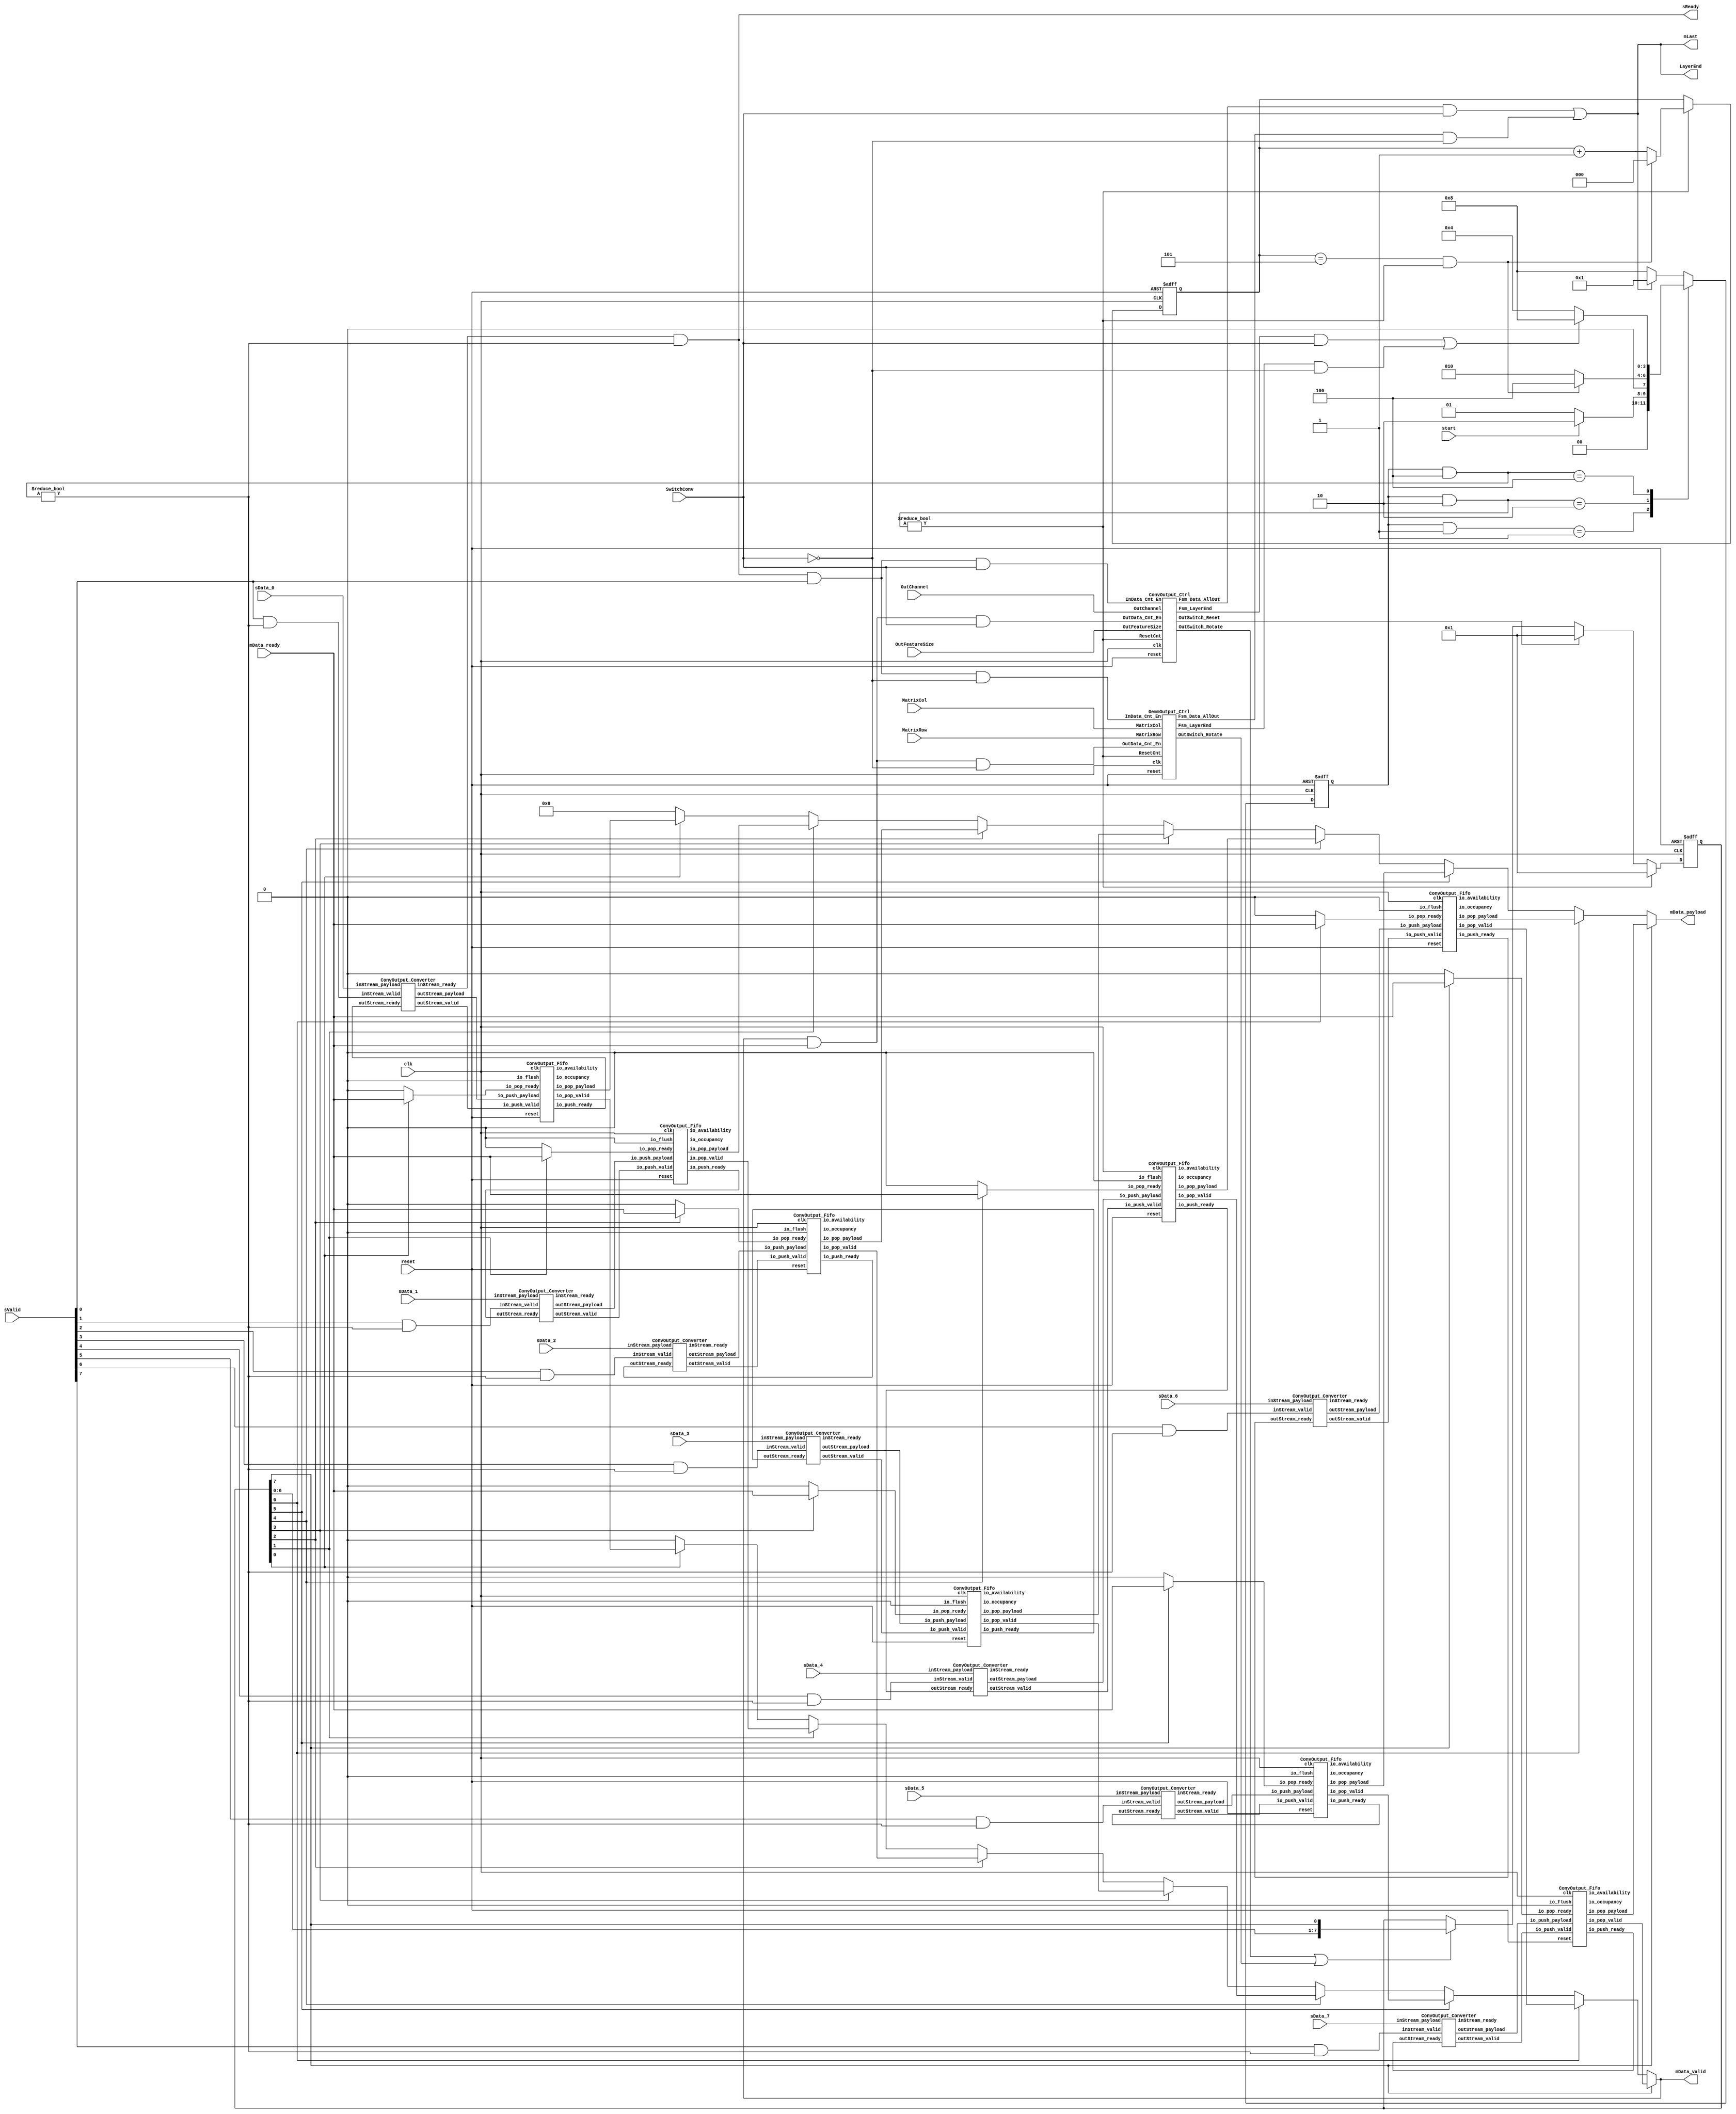
// Generator : SpinalHDL v1.8.1    git head : 2a7592004363e5b40ec43e1f122ed8641cd8965b
// Component : ConvArrangeV3
// Git hash  : 004d9e187bb1a9a81da41bc917389f312106aff9

`timescale 1ns/1ps

module ConvArrangeV3 (
  input      [63:0]   sData_0,
  input      [63:0]   sData_1,
  input      [63:0]   sData_2,
  input      [63:0]   sData_3,
  input      [63:0]   sData_4,
  input      [63:0]   sData_5,
  input      [63:0]   sData_6,
  input      [63:0]   sData_7,
  output              sReady,
  input      [7:0]    sValid,
  input      [11:0]   MatrixCol,
  input      [19:0]   MatrixRow,
  input      [9:0]    OutChannel,
  input      [15:0]   OutFeatureSize,
  output reg          mData_valid,
  input               mData_ready,
  output reg [63:0]   mData_payload,
  output              mLast,
  output              LayerEnd,
  input               start,
  input               SwitchConv,
  input               clk,
  input               reset
);
  localparam CONVOUTPUT_ENUM_IDLE = 4'd1;
  localparam CONVOUTPUT_ENUM_INIT = 4'd2;
  localparam CONVOUTPUT_ENUM_DATA_ARRANGEMENT = 4'd4;
  localparam CONVOUTPUT_ENUM_WAIT_END = 4'd8;

  wire                ConvCtrl_ResetCnt;
  wire                ConvCtrl_InData_Cnt_En;
  wire                ConvCtrl_OutData_Cnt_En;
  wire                GemmCtrl_ResetCnt;
  wire                GemmCtrl_InData_Cnt_En;
  wire                GemmCtrl_OutData_Cnt_En;
  reg                 streamFifo_io_pop_ready;
  wire                axisDataConverter_inStream_valid;
  reg                 streamFifo_1_io_pop_ready;
  wire                axisDataConverter_1_inStream_valid;
  reg                 streamFifo_2_io_pop_ready;
  wire                axisDataConverter_2_inStream_valid;
  reg                 streamFifo_3_io_pop_ready;
  wire                axisDataConverter_3_inStream_valid;
  reg                 streamFifo_4_io_pop_ready;
  wire                axisDataConverter_4_inStream_valid;
  reg                 streamFifo_5_io_pop_ready;
  wire                axisDataConverter_5_inStream_valid;
  reg                 streamFifo_6_io_pop_ready;
  wire                axisDataConverter_6_inStream_valid;
  reg                 streamFifo_7_io_pop_ready;
  wire                axisDataConverter_7_inStream_valid;
  wire                ConvCtrl_Fsm_LayerEnd;
  wire                ConvCtrl_Fsm_Data_AllOut;
  wire                ConvCtrl_OutSwitch_Rotate;
  wire                ConvCtrl_OutSwitch_Reset;
  wire                GemmCtrl_Fsm_LayerEnd;
  wire                GemmCtrl_Fsm_Data_AllOut;
  wire                GemmCtrl_OutSwitch_Rotate;
  wire                streamFifo_io_push_ready;
  wire                streamFifo_io_pop_valid;
  wire       [63:0]   streamFifo_io_pop_payload;
  wire       [9:0]    streamFifo_io_occupancy;
  wire       [9:0]    streamFifo_io_availability;
  wire                axisDataConverter_inStream_ready;
  wire                axisDataConverter_outStream_valid;
  wire       [63:0]   axisDataConverter_outStream_payload;
  wire                streamFifo_1_io_push_ready;
  wire                streamFifo_1_io_pop_valid;
  wire       [63:0]   streamFifo_1_io_pop_payload;
  wire       [9:0]    streamFifo_1_io_occupancy;
  wire       [9:0]    streamFifo_1_io_availability;
  wire                axisDataConverter_1_inStream_ready;
  wire                axisDataConverter_1_outStream_valid;
  wire       [63:0]   axisDataConverter_1_outStream_payload;
  wire                streamFifo_2_io_push_ready;
  wire                streamFifo_2_io_pop_valid;
  wire       [63:0]   streamFifo_2_io_pop_payload;
  wire       [9:0]    streamFifo_2_io_occupancy;
  wire       [9:0]    streamFifo_2_io_availability;
  wire                axisDataConverter_2_inStream_ready;
  wire                axisDataConverter_2_outStream_valid;
  wire       [63:0]   axisDataConverter_2_outStream_payload;
  wire                streamFifo_3_io_push_ready;
  wire                streamFifo_3_io_pop_valid;
  wire       [63:0]   streamFifo_3_io_pop_payload;
  wire       [9:0]    streamFifo_3_io_occupancy;
  wire       [9:0]    streamFifo_3_io_availability;
  wire                axisDataConverter_3_inStream_ready;
  wire                axisDataConverter_3_outStream_valid;
  wire       [63:0]   axisDataConverter_3_outStream_payload;
  wire                streamFifo_4_io_push_ready;
  wire                streamFifo_4_io_pop_valid;
  wire       [63:0]   streamFifo_4_io_pop_payload;
  wire       [9:0]    streamFifo_4_io_occupancy;
  wire       [9:0]    streamFifo_4_io_availability;
  wire                axisDataConverter_4_inStream_ready;
  wire                axisDataConverter_4_outStream_valid;
  wire       [63:0]   axisDataConverter_4_outStream_payload;
  wire                streamFifo_5_io_push_ready;
  wire                streamFifo_5_io_pop_valid;
  wire       [63:0]   streamFifo_5_io_pop_payload;
  wire       [9:0]    streamFifo_5_io_occupancy;
  wire       [9:0]    streamFifo_5_io_availability;
  wire                axisDataConverter_5_inStream_ready;
  wire                axisDataConverter_5_outStream_valid;
  wire       [63:0]   axisDataConverter_5_outStream_payload;
  wire                streamFifo_6_io_push_ready;
  wire                streamFifo_6_io_pop_valid;
  wire       [63:0]   streamFifo_6_io_pop_payload;
  wire       [9:0]    streamFifo_6_io_occupancy;
  wire       [9:0]    streamFifo_6_io_availability;
  wire                axisDataConverter_6_inStream_ready;
  wire                axisDataConverter_6_outStream_valid;
  wire       [63:0]   axisDataConverter_6_outStream_payload;
  wire                streamFifo_7_io_push_ready;
  wire                streamFifo_7_io_pop_valid;
  wire       [63:0]   streamFifo_7_io_pop_payload;
  wire       [9:0]    streamFifo_7_io_occupancy;
  wire       [9:0]    streamFifo_7_io_availability;
  wire                axisDataConverter_7_inStream_ready;
  wire                axisDataConverter_7_outStream_valid;
  wire       [63:0]   axisDataConverter_7_outStream_payload;
  wire       [0:0]    _zz_when_SA3D_DataArrange_l131;
  wire       [0:0]    _zz_when_SA3D_DataArrange_l131_1;
  wire       [0:0]    _zz_when_SA3D_DataArrange_l131_2;
  wire       [0:0]    _zz_when_SA3D_DataArrange_l131_3;
  wire       [0:0]    _zz_when_SA3D_DataArrange_l131_4;
  wire       [0:0]    _zz_when_SA3D_DataArrange_l131_5;
  wire       [0:0]    _zz_when_SA3D_DataArrange_l131_6;
  wire       [0:0]    _zz_when_SA3D_DataArrange_l131_7;
  reg        [3:0]    Fsm_currentState;
  reg        [3:0]    Fsm_nextState;
  wire                Fsm_Inited;
  wire                Fsm_LayerEnd;
  wire                Fsm_Data_AllOut;
  wire                mData_fire;
  wire                mData_fire_1;
  wire                when_WaCounter_l40;
  reg        [2:0]    Init_Cnt_count;
  wire                Init_Cnt_valid;
  reg        [7:0]    OutSwitch;
  wire                when_SA3D_DataArrange_l108;
  wire                when_SA3D_DataArrange_l112;
  wire                when_SA3D_DataArrange_l131;
  wire                when_SA3D_DataArrange_l131_1;
  wire                when_SA3D_DataArrange_l131_2;
  wire                when_SA3D_DataArrange_l131_3;
  wire                when_SA3D_DataArrange_l131_4;
  wire                when_SA3D_DataArrange_l131_5;
  wire                when_SA3D_DataArrange_l131_6;
  wire                when_SA3D_DataArrange_l131_7;
  `ifndef SYNTHESIS
  reg [127:0] Fsm_currentState_string;
  reg [127:0] Fsm_nextState_string;
  `endif


  assign _zz_when_SA3D_DataArrange_l131 = OutSwitch[0 : 0];
  assign _zz_when_SA3D_DataArrange_l131_1 = OutSwitch[1 : 1];
  assign _zz_when_SA3D_DataArrange_l131_2 = OutSwitch[2 : 2];
  assign _zz_when_SA3D_DataArrange_l131_3 = OutSwitch[3 : 3];
  assign _zz_when_SA3D_DataArrange_l131_4 = OutSwitch[4 : 4];
  assign _zz_when_SA3D_DataArrange_l131_5 = OutSwitch[5 : 5];
  assign _zz_when_SA3D_DataArrange_l131_6 = OutSwitch[6 : 6];
  assign _zz_when_SA3D_DataArrange_l131_7 = OutSwitch[7 : 7];
  ConvOutput_Ctrl ConvCtrl (
    .ResetCnt         (ConvCtrl_ResetCnt        ), //i
    .InData_Cnt_En    (ConvCtrl_InData_Cnt_En   ), //i
    .OutData_Cnt_En   (ConvCtrl_OutData_Cnt_En  ), //i
    .OutChannel       (OutChannel[9:0]          ), //i
    .OutFeatureSize   (OutFeatureSize[15:0]     ), //i
    .Fsm_LayerEnd     (ConvCtrl_Fsm_LayerEnd    ), //o
    .Fsm_Data_AllOut  (ConvCtrl_Fsm_Data_AllOut ), //o
    .OutSwitch_Rotate (ConvCtrl_OutSwitch_Rotate), //o
    .OutSwitch_Reset  (ConvCtrl_OutSwitch_Reset ), //o
    .clk              (clk                      ), //i
    .reset            (reset                    )  //i
  );
  GemmOutput_Ctrl GemmCtrl (
    .ResetCnt         (GemmCtrl_ResetCnt        ), //i
    .InData_Cnt_En    (GemmCtrl_InData_Cnt_En   ), //i
    .OutData_Cnt_En   (GemmCtrl_OutData_Cnt_En  ), //i
    .MatrixCol        (MatrixCol[11:0]          ), //i
    .MatrixRow        (MatrixRow[19:0]          ), //i
    .Fsm_LayerEnd     (GemmCtrl_Fsm_LayerEnd    ), //o
    .Fsm_Data_AllOut  (GemmCtrl_Fsm_Data_AllOut ), //o
    .OutSwitch_Rotate (GemmCtrl_OutSwitch_Rotate), //o
    .clk              (clk                      ), //i
    .reset            (reset                    )  //i
  );
  ConvOutput_Fifo streamFifo (
    .io_push_valid   (axisDataConverter_outStream_valid        ), //i
    .io_push_ready   (streamFifo_io_push_ready                 ), //o
    .io_push_payload (axisDataConverter_outStream_payload[63:0]), //i
    .io_pop_valid    (streamFifo_io_pop_valid                  ), //o
    .io_pop_ready    (streamFifo_io_pop_ready                  ), //i
    .io_pop_payload  (streamFifo_io_pop_payload[63:0]          ), //o
    .io_flush        (1'b0                                     ), //i
    .io_occupancy    (streamFifo_io_occupancy[9:0]             ), //o
    .io_availability (streamFifo_io_availability[9:0]          ), //o
    .clk             (clk                                      ), //i
    .reset           (reset                                    )  //i
  );
  ConvOutput_Converter axisDataConverter (
    .inStream_valid    (axisDataConverter_inStream_valid         ), //i
    .inStream_ready    (axisDataConverter_inStream_ready         ), //o
    .inStream_payload  (sData_0[63:0]                            ), //i
    .outStream_valid   (axisDataConverter_outStream_valid        ), //o
    .outStream_ready   (streamFifo_io_push_ready                 ), //i
    .outStream_payload (axisDataConverter_outStream_payload[63:0])  //o
  );
  ConvOutput_Fifo streamFifo_1 (
    .io_push_valid   (axisDataConverter_1_outStream_valid        ), //i
    .io_push_ready   (streamFifo_1_io_push_ready                 ), //o
    .io_push_payload (axisDataConverter_1_outStream_payload[63:0]), //i
    .io_pop_valid    (streamFifo_1_io_pop_valid                  ), //o
    .io_pop_ready    (streamFifo_1_io_pop_ready                  ), //i
    .io_pop_payload  (streamFifo_1_io_pop_payload[63:0]          ), //o
    .io_flush        (1'b0                                       ), //i
    .io_occupancy    (streamFifo_1_io_occupancy[9:0]             ), //o
    .io_availability (streamFifo_1_io_availability[9:0]          ), //o
    .clk             (clk                                        ), //i
    .reset           (reset                                      )  //i
  );
  ConvOutput_Converter axisDataConverter_1 (
    .inStream_valid    (axisDataConverter_1_inStream_valid         ), //i
    .inStream_ready    (axisDataConverter_1_inStream_ready         ), //o
    .inStream_payload  (sData_1[63:0]                              ), //i
    .outStream_valid   (axisDataConverter_1_outStream_valid        ), //o
    .outStream_ready   (streamFifo_1_io_push_ready                 ), //i
    .outStream_payload (axisDataConverter_1_outStream_payload[63:0])  //o
  );
  ConvOutput_Fifo streamFifo_2 (
    .io_push_valid   (axisDataConverter_2_outStream_valid        ), //i
    .io_push_ready   (streamFifo_2_io_push_ready                 ), //o
    .io_push_payload (axisDataConverter_2_outStream_payload[63:0]), //i
    .io_pop_valid    (streamFifo_2_io_pop_valid                  ), //o
    .io_pop_ready    (streamFifo_2_io_pop_ready                  ), //i
    .io_pop_payload  (streamFifo_2_io_pop_payload[63:0]          ), //o
    .io_flush        (1'b0                                       ), //i
    .io_occupancy    (streamFifo_2_io_occupancy[9:0]             ), //o
    .io_availability (streamFifo_2_io_availability[9:0]          ), //o
    .clk             (clk                                        ), //i
    .reset           (reset                                      )  //i
  );
  ConvOutput_Converter axisDataConverter_2 (
    .inStream_valid    (axisDataConverter_2_inStream_valid         ), //i
    .inStream_ready    (axisDataConverter_2_inStream_ready         ), //o
    .inStream_payload  (sData_2[63:0]                              ), //i
    .outStream_valid   (axisDataConverter_2_outStream_valid        ), //o
    .outStream_ready   (streamFifo_2_io_push_ready                 ), //i
    .outStream_payload (axisDataConverter_2_outStream_payload[63:0])  //o
  );
  ConvOutput_Fifo streamFifo_3 (
    .io_push_valid   (axisDataConverter_3_outStream_valid        ), //i
    .io_push_ready   (streamFifo_3_io_push_ready                 ), //o
    .io_push_payload (axisDataConverter_3_outStream_payload[63:0]), //i
    .io_pop_valid    (streamFifo_3_io_pop_valid                  ), //o
    .io_pop_ready    (streamFifo_3_io_pop_ready                  ), //i
    .io_pop_payload  (streamFifo_3_io_pop_payload[63:0]          ), //o
    .io_flush        (1'b0                                       ), //i
    .io_occupancy    (streamFifo_3_io_occupancy[9:0]             ), //o
    .io_availability (streamFifo_3_io_availability[9:0]          ), //o
    .clk             (clk                                        ), //i
    .reset           (reset                                      )  //i
  );
  ConvOutput_Converter axisDataConverter_3 (
    .inStream_valid    (axisDataConverter_3_inStream_valid         ), //i
    .inStream_ready    (axisDataConverter_3_inStream_ready         ), //o
    .inStream_payload  (sData_3[63:0]                              ), //i
    .outStream_valid   (axisDataConverter_3_outStream_valid        ), //o
    .outStream_ready   (streamFifo_3_io_push_ready                 ), //i
    .outStream_payload (axisDataConverter_3_outStream_payload[63:0])  //o
  );
  ConvOutput_Fifo streamFifo_4 (
    .io_push_valid   (axisDataConverter_4_outStream_valid        ), //i
    .io_push_ready   (streamFifo_4_io_push_ready                 ), //o
    .io_push_payload (axisDataConverter_4_outStream_payload[63:0]), //i
    .io_pop_valid    (streamFifo_4_io_pop_valid                  ), //o
    .io_pop_ready    (streamFifo_4_io_pop_ready                  ), //i
    .io_pop_payload  (streamFifo_4_io_pop_payload[63:0]          ), //o
    .io_flush        (1'b0                                       ), //i
    .io_occupancy    (streamFifo_4_io_occupancy[9:0]             ), //o
    .io_availability (streamFifo_4_io_availability[9:0]          ), //o
    .clk             (clk                                        ), //i
    .reset           (reset                                      )  //i
  );
  ConvOutput_Converter axisDataConverter_4 (
    .inStream_valid    (axisDataConverter_4_inStream_valid         ), //i
    .inStream_ready    (axisDataConverter_4_inStream_ready         ), //o
    .inStream_payload  (sData_4[63:0]                              ), //i
    .outStream_valid   (axisDataConverter_4_outStream_valid        ), //o
    .outStream_ready   (streamFifo_4_io_push_ready                 ), //i
    .outStream_payload (axisDataConverter_4_outStream_payload[63:0])  //o
  );
  ConvOutput_Fifo streamFifo_5 (
    .io_push_valid   (axisDataConverter_5_outStream_valid        ), //i
    .io_push_ready   (streamFifo_5_io_push_ready                 ), //o
    .io_push_payload (axisDataConverter_5_outStream_payload[63:0]), //i
    .io_pop_valid    (streamFifo_5_io_pop_valid                  ), //o
    .io_pop_ready    (streamFifo_5_io_pop_ready                  ), //i
    .io_pop_payload  (streamFifo_5_io_pop_payload[63:0]          ), //o
    .io_flush        (1'b0                                       ), //i
    .io_occupancy    (streamFifo_5_io_occupancy[9:0]             ), //o
    .io_availability (streamFifo_5_io_availability[9:0]          ), //o
    .clk             (clk                                        ), //i
    .reset           (reset                                      )  //i
  );
  ConvOutput_Converter axisDataConverter_5 (
    .inStream_valid    (axisDataConverter_5_inStream_valid         ), //i
    .inStream_ready    (axisDataConverter_5_inStream_ready         ), //o
    .inStream_payload  (sData_5[63:0]                              ), //i
    .outStream_valid   (axisDataConverter_5_outStream_valid        ), //o
    .outStream_ready   (streamFifo_5_io_push_ready                 ), //i
    .outStream_payload (axisDataConverter_5_outStream_payload[63:0])  //o
  );
  ConvOutput_Fifo streamFifo_6 (
    .io_push_valid   (axisDataConverter_6_outStream_valid        ), //i
    .io_push_ready   (streamFifo_6_io_push_ready                 ), //o
    .io_push_payload (axisDataConverter_6_outStream_payload[63:0]), //i
    .io_pop_valid    (streamFifo_6_io_pop_valid                  ), //o
    .io_pop_ready    (streamFifo_6_io_pop_ready                  ), //i
    .io_pop_payload  (streamFifo_6_io_pop_payload[63:0]          ), //o
    .io_flush        (1'b0                                       ), //i
    .io_occupancy    (streamFifo_6_io_occupancy[9:0]             ), //o
    .io_availability (streamFifo_6_io_availability[9:0]          ), //o
    .clk             (clk                                        ), //i
    .reset           (reset                                      )  //i
  );
  ConvOutput_Converter axisDataConverter_6 (
    .inStream_valid    (axisDataConverter_6_inStream_valid         ), //i
    .inStream_ready    (axisDataConverter_6_inStream_ready         ), //o
    .inStream_payload  (sData_6[63:0]                              ), //i
    .outStream_valid   (axisDataConverter_6_outStream_valid        ), //o
    .outStream_ready   (streamFifo_6_io_push_ready                 ), //i
    .outStream_payload (axisDataConverter_6_outStream_payload[63:0])  //o
  );
  ConvOutput_Fifo streamFifo_7 (
    .io_push_valid   (axisDataConverter_7_outStream_valid        ), //i
    .io_push_ready   (streamFifo_7_io_push_ready                 ), //o
    .io_push_payload (axisDataConverter_7_outStream_payload[63:0]), //i
    .io_pop_valid    (streamFifo_7_io_pop_valid                  ), //o
    .io_pop_ready    (streamFifo_7_io_pop_ready                  ), //i
    .io_pop_payload  (streamFifo_7_io_pop_payload[63:0]          ), //o
    .io_flush        (1'b0                                       ), //i
    .io_occupancy    (streamFifo_7_io_occupancy[9:0]             ), //o
    .io_availability (streamFifo_7_io_availability[9:0]          ), //o
    .clk             (clk                                        ), //i
    .reset           (reset                                      )  //i
  );
  ConvOutput_Converter axisDataConverter_7 (
    .inStream_valid    (axisDataConverter_7_inStream_valid         ), //i
    .inStream_ready    (axisDataConverter_7_inStream_ready         ), //o
    .inStream_payload  (sData_7[63:0]                              ), //i
    .outStream_valid   (axisDataConverter_7_outStream_valid        ), //o
    .outStream_ready   (streamFifo_7_io_push_ready                 ), //i
    .outStream_payload (axisDataConverter_7_outStream_payload[63:0])  //o
  );
  `ifndef SYNTHESIS
  always @(*) begin
    case(Fsm_currentState)
      CONVOUTPUT_ENUM_IDLE : Fsm_currentState_string = "IDLE            ";
      CONVOUTPUT_ENUM_INIT : Fsm_currentState_string = "INIT            ";
      CONVOUTPUT_ENUM_DATA_ARRANGEMENT : Fsm_currentState_string = "DATA_ARRANGEMENT";
      CONVOUTPUT_ENUM_WAIT_END : Fsm_currentState_string = "WAIT_END        ";
      default : Fsm_currentState_string = "????????????????";
    endcase
  end
  always @(*) begin
    case(Fsm_nextState)
      CONVOUTPUT_ENUM_IDLE : Fsm_nextState_string = "IDLE            ";
      CONVOUTPUT_ENUM_INIT : Fsm_nextState_string = "INIT            ";
      CONVOUTPUT_ENUM_DATA_ARRANGEMENT : Fsm_nextState_string = "DATA_ARRANGEMENT";
      CONVOUTPUT_ENUM_WAIT_END : Fsm_nextState_string = "WAIT_END        ";
      default : Fsm_nextState_string = "????????????????";
    endcase
  end
  `endif

  always @(*) begin
    (* parallel_case *)
    case(1) // synthesis parallel_case
      (((Fsm_currentState) & CONVOUTPUT_ENUM_IDLE) == CONVOUTPUT_ENUM_IDLE) : begin
        if(start) begin
          Fsm_nextState = CONVOUTPUT_ENUM_INIT;
        end else begin
          Fsm_nextState = CONVOUTPUT_ENUM_IDLE;
        end
      end
      (((Fsm_currentState) & CONVOUTPUT_ENUM_INIT) == CONVOUTPUT_ENUM_INIT) : begin
        if(Fsm_Inited) begin
          Fsm_nextState = CONVOUTPUT_ENUM_DATA_ARRANGEMENT;
        end else begin
          Fsm_nextState = CONVOUTPUT_ENUM_INIT;
        end
      end
      (((Fsm_currentState) & CONVOUTPUT_ENUM_DATA_ARRANGEMENT) == CONVOUTPUT_ENUM_DATA_ARRANGEMENT) : begin
        if(Fsm_LayerEnd) begin
          Fsm_nextState = CONVOUTPUT_ENUM_WAIT_END;
        end else begin
          Fsm_nextState = CONVOUTPUT_ENUM_DATA_ARRANGEMENT;
        end
      end
      default : begin
        if(Fsm_Data_AllOut) begin
          Fsm_nextState = CONVOUTPUT_ENUM_IDLE;
        end else begin
          Fsm_nextState = CONVOUTPUT_ENUM_WAIT_END;
        end
      end
    endcase
  end

  assign ConvCtrl_ResetCnt = ((Fsm_currentState & CONVOUTPUT_ENUM_INIT) != 4'b0000);
  assign ConvCtrl_InData_Cnt_En = ((sReady && sValid[0]) && SwitchConv);
  assign mData_fire = (mData_valid && mData_ready);
  assign ConvCtrl_OutData_Cnt_En = (mData_fire && SwitchConv);
  assign GemmCtrl_ResetCnt = ((Fsm_currentState & CONVOUTPUT_ENUM_INIT) != 4'b0000);
  assign GemmCtrl_InData_Cnt_En = ((sReady && sValid[0]) && (! SwitchConv));
  assign mData_fire_1 = (mData_valid && mData_ready);
  assign GemmCtrl_OutData_Cnt_En = (mData_fire_1 && (! SwitchConv));
  assign when_WaCounter_l40 = ((Fsm_currentState & CONVOUTPUT_ENUM_INIT) != 4'b0000);
  assign Init_Cnt_valid = ((Init_Cnt_count == 3'b101) && when_WaCounter_l40);
  assign Fsm_Inited = Init_Cnt_valid;
  assign Fsm_LayerEnd = ((ConvCtrl_Fsm_LayerEnd && SwitchConv) || (GemmCtrl_Fsm_LayerEnd && (! SwitchConv)));
  assign Fsm_Data_AllOut = ((ConvCtrl_Fsm_Data_AllOut && SwitchConv) || (GemmCtrl_Fsm_Data_AllOut && (! SwitchConv)));
  always @(*) begin
    mData_payload = 64'h0;
    if(when_SA3D_DataArrange_l131) begin
      mData_payload = streamFifo_io_pop_payload;
    end
    if(when_SA3D_DataArrange_l131_1) begin
      mData_payload = streamFifo_1_io_pop_payload;
    end
    if(when_SA3D_DataArrange_l131_2) begin
      mData_payload = streamFifo_2_io_pop_payload;
    end
    if(when_SA3D_DataArrange_l131_3) begin
      mData_payload = streamFifo_3_io_pop_payload;
    end
    if(when_SA3D_DataArrange_l131_4) begin
      mData_payload = streamFifo_4_io_pop_payload;
    end
    if(when_SA3D_DataArrange_l131_5) begin
      mData_payload = streamFifo_5_io_pop_payload;
    end
    if(when_SA3D_DataArrange_l131_6) begin
      mData_payload = streamFifo_6_io_pop_payload;
    end
    if(when_SA3D_DataArrange_l131_7) begin
      mData_payload = streamFifo_7_io_pop_payload;
    end
  end

  always @(*) begin
    mData_valid = 1'b0;
    if(when_SA3D_DataArrange_l131) begin
      mData_valid = streamFifo_io_pop_valid;
    end
    if(when_SA3D_DataArrange_l131_1) begin
      mData_valid = streamFifo_1_io_pop_valid;
    end
    if(when_SA3D_DataArrange_l131_2) begin
      mData_valid = streamFifo_2_io_pop_valid;
    end
    if(when_SA3D_DataArrange_l131_3) begin
      mData_valid = streamFifo_3_io_pop_valid;
    end
    if(when_SA3D_DataArrange_l131_4) begin
      mData_valid = streamFifo_4_io_pop_valid;
    end
    if(when_SA3D_DataArrange_l131_5) begin
      mData_valid = streamFifo_5_io_pop_valid;
    end
    if(when_SA3D_DataArrange_l131_6) begin
      mData_valid = streamFifo_6_io_pop_valid;
    end
    if(when_SA3D_DataArrange_l131_7) begin
      mData_valid = streamFifo_7_io_pop_valid;
    end
  end

  assign when_SA3D_DataArrange_l108 = ((Fsm_currentState & CONVOUTPUT_ENUM_INIT) != 4'b0000);
  assign when_SA3D_DataArrange_l112 = (ConvCtrl_OutSwitch_Rotate || GemmCtrl_OutSwitch_Rotate);
  assign sReady = (axisDataConverter_inStream_ready && ((Fsm_currentState & CONVOUTPUT_ENUM_DATA_ARRANGEMENT) != 4'b0000));
  assign axisDataConverter_inStream_valid = (sValid[0] && ((Fsm_currentState & CONVOUTPUT_ENUM_DATA_ARRANGEMENT) != 4'b0000));
  always @(*) begin
    streamFifo_io_pop_ready = 1'b0;
    if(when_SA3D_DataArrange_l131) begin
      streamFifo_io_pop_ready = mData_ready;
    end
  end

  assign when_SA3D_DataArrange_l131 = _zz_when_SA3D_DataArrange_l131[0];
  assign axisDataConverter_1_inStream_valid = (sValid[1] && ((Fsm_currentState & CONVOUTPUT_ENUM_DATA_ARRANGEMENT) != 4'b0000));
  always @(*) begin
    streamFifo_1_io_pop_ready = 1'b0;
    if(when_SA3D_DataArrange_l131_1) begin
      streamFifo_1_io_pop_ready = mData_ready;
    end
  end

  assign when_SA3D_DataArrange_l131_1 = _zz_when_SA3D_DataArrange_l131_1[0];
  assign axisDataConverter_2_inStream_valid = (sValid[2] && ((Fsm_currentState & CONVOUTPUT_ENUM_DATA_ARRANGEMENT) != 4'b0000));
  always @(*) begin
    streamFifo_2_io_pop_ready = 1'b0;
    if(when_SA3D_DataArrange_l131_2) begin
      streamFifo_2_io_pop_ready = mData_ready;
    end
  end

  assign when_SA3D_DataArrange_l131_2 = _zz_when_SA3D_DataArrange_l131_2[0];
  assign axisDataConverter_3_inStream_valid = (sValid[3] && ((Fsm_currentState & CONVOUTPUT_ENUM_DATA_ARRANGEMENT) != 4'b0000));
  always @(*) begin
    streamFifo_3_io_pop_ready = 1'b0;
    if(when_SA3D_DataArrange_l131_3) begin
      streamFifo_3_io_pop_ready = mData_ready;
    end
  end

  assign when_SA3D_DataArrange_l131_3 = _zz_when_SA3D_DataArrange_l131_3[0];
  assign axisDataConverter_4_inStream_valid = (sValid[4] && ((Fsm_currentState & CONVOUTPUT_ENUM_DATA_ARRANGEMENT) != 4'b0000));
  always @(*) begin
    streamFifo_4_io_pop_ready = 1'b0;
    if(when_SA3D_DataArrange_l131_4) begin
      streamFifo_4_io_pop_ready = mData_ready;
    end
  end

  assign when_SA3D_DataArrange_l131_4 = _zz_when_SA3D_DataArrange_l131_4[0];
  assign axisDataConverter_5_inStream_valid = (sValid[5] && ((Fsm_currentState & CONVOUTPUT_ENUM_DATA_ARRANGEMENT) != 4'b0000));
  always @(*) begin
    streamFifo_5_io_pop_ready = 1'b0;
    if(when_SA3D_DataArrange_l131_5) begin
      streamFifo_5_io_pop_ready = mData_ready;
    end
  end

  assign when_SA3D_DataArrange_l131_5 = _zz_when_SA3D_DataArrange_l131_5[0];
  assign axisDataConverter_6_inStream_valid = (sValid[6] && ((Fsm_currentState & CONVOUTPUT_ENUM_DATA_ARRANGEMENT) != 4'b0000));
  always @(*) begin
    streamFifo_6_io_pop_ready = 1'b0;
    if(when_SA3D_DataArrange_l131_6) begin
      streamFifo_6_io_pop_ready = mData_ready;
    end
  end

  assign when_SA3D_DataArrange_l131_6 = _zz_when_SA3D_DataArrange_l131_6[0];
  assign axisDataConverter_7_inStream_valid = (sValid[7] && ((Fsm_currentState & CONVOUTPUT_ENUM_DATA_ARRANGEMENT) != 4'b0000));
  always @(*) begin
    streamFifo_7_io_pop_ready = 1'b0;
    if(when_SA3D_DataArrange_l131_7) begin
      streamFifo_7_io_pop_ready = mData_ready;
    end
  end

  assign when_SA3D_DataArrange_l131_7 = _zz_when_SA3D_DataArrange_l131_7[0];
  assign mLast = Fsm_Data_AllOut;
  assign LayerEnd = Fsm_Data_AllOut;
  always @(posedge clk or posedge reset) begin
    if(reset) begin
      Fsm_currentState <= CONVOUTPUT_ENUM_IDLE;
      Init_Cnt_count <= 3'b000;
      OutSwitch <= 8'h01;
    end else begin
      Fsm_currentState <= Fsm_nextState;
      if(when_WaCounter_l40) begin
        if(Init_Cnt_valid) begin
          Init_Cnt_count <= 3'b000;
        end else begin
          Init_Cnt_count <= (Init_Cnt_count + 3'b001);
        end
      end
      if(when_SA3D_DataArrange_l108) begin
        OutSwitch <= 8'h01;
      end else begin
        if(ConvCtrl_OutSwitch_Reset) begin
          OutSwitch <= 8'h01;
        end else begin
          if(when_SA3D_DataArrange_l112) begin
            OutSwitch <= {OutSwitch[6 : 0],OutSwitch[7 : 7]};
          end
        end
      end
    end
  end


endmodule

//ConvOutput_Converter replaced by ConvOutput_Converter

//ConvOutput_Fifo replaced by ConvOutput_Fifo

//ConvOutput_Converter replaced by ConvOutput_Converter

//ConvOutput_Fifo replaced by ConvOutput_Fifo

//ConvOutput_Converter replaced by ConvOutput_Converter

//ConvOutput_Fifo replaced by ConvOutput_Fifo

//ConvOutput_Converter replaced by ConvOutput_Converter

//ConvOutput_Fifo replaced by ConvOutput_Fifo

//ConvOutput_Converter replaced by ConvOutput_Converter

//ConvOutput_Fifo replaced by ConvOutput_Fifo

//ConvOutput_Converter replaced by ConvOutput_Converter

//ConvOutput_Fifo replaced by ConvOutput_Fifo

//ConvOutput_Converter replaced by ConvOutput_Converter

//ConvOutput_Fifo replaced by ConvOutput_Fifo

module ConvOutput_Converter (
  input               inStream_valid,
  output              inStream_ready,
  input      [63:0]   inStream_payload,
  output              outStream_valid,
  input               outStream_ready,
  output     [63:0]   outStream_payload
);


  assign outStream_valid = inStream_valid;
  assign inStream_ready = outStream_ready;
  assign outStream_payload = inStream_payload;

endmodule

module ConvOutput_Fifo (
  input               io_push_valid,
  output              io_push_ready,
  input      [63:0]   io_push_payload,
  output              io_pop_valid,
  input               io_pop_ready,
  output     [63:0]   io_pop_payload,
  input               io_flush,
  output     [9:0]    io_occupancy,
  output     [9:0]    io_availability,
  input               clk,
  input               reset
);

  reg        [63:0]   _zz_logic_ram_port0;
  wire       [8:0]    _zz_logic_pushPtr_valueNext;
  wire       [0:0]    _zz_logic_pushPtr_valueNext_1;
  wire       [8:0]    _zz_logic_popPtr_valueNext;
  wire       [0:0]    _zz_logic_popPtr_valueNext_1;
  wire                _zz_logic_ram_port;
  wire                _zz_io_pop_payload;
  wire       [63:0]   _zz_logic_ram_port_1;
  wire       [8:0]    _zz_io_availability;
  reg                 _zz_1;
  reg                 logic_pushPtr_willIncrement;
  reg                 logic_pushPtr_willClear;
  reg        [8:0]    logic_pushPtr_valueNext;
  reg        [8:0]    logic_pushPtr_value;
  wire                logic_pushPtr_willOverflowIfInc;
  wire                logic_pushPtr_willOverflow;
  reg                 logic_popPtr_willIncrement;
  reg                 logic_popPtr_willClear;
  reg        [8:0]    logic_popPtr_valueNext;
  reg        [8:0]    logic_popPtr_value;
  wire                logic_popPtr_willOverflowIfInc;
  wire                logic_popPtr_willOverflow;
  wire                logic_ptrMatch;
  reg                 logic_risingOccupancy;
  wire                logic_pushing;
  wire                logic_popping;
  wire                logic_empty;
  wire                logic_full;
  reg                 _zz_io_pop_valid;
  wire                when_Stream_l1122;
  wire       [8:0]    logic_ptrDif;
  reg [63:0] logic_ram [0:511];

  assign _zz_logic_pushPtr_valueNext_1 = logic_pushPtr_willIncrement;
  assign _zz_logic_pushPtr_valueNext = {8'd0, _zz_logic_pushPtr_valueNext_1};
  assign _zz_logic_popPtr_valueNext_1 = logic_popPtr_willIncrement;
  assign _zz_logic_popPtr_valueNext = {8'd0, _zz_logic_popPtr_valueNext_1};
  assign _zz_io_availability = (logic_popPtr_value - logic_pushPtr_value);
  assign _zz_io_pop_payload = 1'b1;
  assign _zz_logic_ram_port_1 = io_push_payload;
  always @(posedge clk) begin
    if(_zz_io_pop_payload) begin
      _zz_logic_ram_port0 <= logic_ram[logic_popPtr_valueNext];
    end
  end

  always @(posedge clk) begin
    if(_zz_1) begin
      logic_ram[logic_pushPtr_value] <= _zz_logic_ram_port_1;
    end
  end

  always @(*) begin
    _zz_1 = 1'b0;
    if(logic_pushing) begin
      _zz_1 = 1'b1;
    end
  end

  always @(*) begin
    logic_pushPtr_willIncrement = 1'b0;
    if(logic_pushing) begin
      logic_pushPtr_willIncrement = 1'b1;
    end
  end

  always @(*) begin
    logic_pushPtr_willClear = 1'b0;
    if(io_flush) begin
      logic_pushPtr_willClear = 1'b1;
    end
  end

  assign logic_pushPtr_willOverflowIfInc = (logic_pushPtr_value == 9'h1ff);
  assign logic_pushPtr_willOverflow = (logic_pushPtr_willOverflowIfInc && logic_pushPtr_willIncrement);
  always @(*) begin
    logic_pushPtr_valueNext = (logic_pushPtr_value + _zz_logic_pushPtr_valueNext);
    if(logic_pushPtr_willClear) begin
      logic_pushPtr_valueNext = 9'h0;
    end
  end

  always @(*) begin
    logic_popPtr_willIncrement = 1'b0;
    if(logic_popping) begin
      logic_popPtr_willIncrement = 1'b1;
    end
  end

  always @(*) begin
    logic_popPtr_willClear = 1'b0;
    if(io_flush) begin
      logic_popPtr_willClear = 1'b1;
    end
  end

  assign logic_popPtr_willOverflowIfInc = (logic_popPtr_value == 9'h1ff);
  assign logic_popPtr_willOverflow = (logic_popPtr_willOverflowIfInc && logic_popPtr_willIncrement);
  always @(*) begin
    logic_popPtr_valueNext = (logic_popPtr_value + _zz_logic_popPtr_valueNext);
    if(logic_popPtr_willClear) begin
      logic_popPtr_valueNext = 9'h0;
    end
  end

  assign logic_ptrMatch = (logic_pushPtr_value == logic_popPtr_value);
  assign logic_pushing = (io_push_valid && io_push_ready);
  assign logic_popping = (io_pop_valid && io_pop_ready);
  assign logic_empty = (logic_ptrMatch && (! logic_risingOccupancy));
  assign logic_full = (logic_ptrMatch && logic_risingOccupancy);
  assign io_push_ready = (! logic_full);
  assign io_pop_valid = ((! logic_empty) && (! (_zz_io_pop_valid && (! logic_full))));
  assign io_pop_payload = _zz_logic_ram_port0;
  assign when_Stream_l1122 = (logic_pushing != logic_popping);
  assign logic_ptrDif = (logic_pushPtr_value - logic_popPtr_value);
  assign io_occupancy = {(logic_risingOccupancy && logic_ptrMatch),logic_ptrDif};
  assign io_availability = {((! logic_risingOccupancy) && logic_ptrMatch),_zz_io_availability};
  always @(posedge clk or posedge reset) begin
    if(reset) begin
      logic_pushPtr_value <= 9'h0;
      logic_popPtr_value <= 9'h0;
      logic_risingOccupancy <= 1'b0;
      _zz_io_pop_valid <= 1'b0;
    end else begin
      logic_pushPtr_value <= logic_pushPtr_valueNext;
      logic_popPtr_value <= logic_popPtr_valueNext;
      _zz_io_pop_valid <= (logic_popPtr_valueNext == logic_pushPtr_value);
      if(when_Stream_l1122) begin
        logic_risingOccupancy <= logic_pushing;
      end
      if(io_flush) begin
        logic_risingOccupancy <= 1'b0;
      end
    end
  end


endmodule

module GemmOutput_Ctrl (
  input               ResetCnt,
  input               InData_Cnt_En,
  input               OutData_Cnt_En,
  input      [11:0]   MatrixCol,
  input      [19:0]   MatrixRow,
  output              Fsm_LayerEnd,
  output              Fsm_Data_AllOut,
  output              OutSwitch_Rotate,
  input               clk,
  input               reset
);

  wire       [11:0]   _zz_In_Col_Cnt_valid;
  wire       [19:0]   _zz_In_Row_Cnt_valid;
  wire       [19:0]   _zz_In_Row_Cnt_count_1;
  wire       [8:0]    _zz_Out_Col_Cnt_valid;
  wire       [8:0]    _zz_Out_Col_Cnt_valid_1;
  wire       [19:0]   _zz_Out_Row_Cnt_valid;
  reg        [11:0]   In_Col_Cnt_count;
  wire                In_Col_Cnt_valid;
  wire       [3:0]    _zz_In_Row_Cnt_count;
  reg        [19:0]   In_Row_Cnt_count;
  reg                 In_Row_Cnt_valid;
  reg        [8:0]    Out_Col_Cnt_count;
  wire                Out_Col_Cnt_valid;
  reg        [19:0]   Out_Row_Cnt_count;
  wire                Out_Row_Cnt_valid;

  assign _zz_In_Col_Cnt_valid = (MatrixCol - 12'h001);
  assign _zz_In_Row_Cnt_valid = {16'd0, _zz_In_Row_Cnt_count};
  assign _zz_In_Row_Cnt_count_1 = {16'd0, _zz_In_Row_Cnt_count};
  assign _zz_Out_Col_Cnt_valid = (_zz_Out_Col_Cnt_valid_1 - 9'h001);
  assign _zz_Out_Col_Cnt_valid_1 = (MatrixCol >>> 3);
  assign _zz_Out_Row_Cnt_valid = (MatrixRow - 20'h00001);
  assign In_Col_Cnt_valid = ((In_Col_Cnt_count == _zz_In_Col_Cnt_valid) && InData_Cnt_En);
  assign _zz_In_Row_Cnt_count = 4'b1000;
  always @(*) begin
    In_Row_Cnt_valid = ((In_Row_Cnt_count <= _zz_In_Row_Cnt_valid) && In_Col_Cnt_valid);
    if(ResetCnt) begin
      In_Row_Cnt_valid = 1'b0;
    end
  end

  assign Out_Col_Cnt_valid = ((Out_Col_Cnt_count == _zz_Out_Col_Cnt_valid) && OutData_Cnt_En);
  assign Out_Row_Cnt_valid = ((Out_Row_Cnt_count == _zz_Out_Row_Cnt_valid) && Out_Col_Cnt_valid);
  assign Fsm_Data_AllOut = Out_Row_Cnt_valid;
  assign OutSwitch_Rotate = Out_Col_Cnt_valid;
  assign Fsm_LayerEnd = In_Row_Cnt_valid;
  always @(posedge clk or posedge reset) begin
    if(reset) begin
      In_Col_Cnt_count <= 12'h0;
      In_Row_Cnt_count <= MatrixRow;
      Out_Col_Cnt_count <= 9'h0;
      Out_Row_Cnt_count <= 20'h0;
    end else begin
      if(InData_Cnt_En) begin
        if(In_Col_Cnt_valid) begin
          In_Col_Cnt_count <= 12'h0;
        end else begin
          In_Col_Cnt_count <= (In_Col_Cnt_count + 12'h001);
        end
      end
      if(In_Col_Cnt_valid) begin
        if(In_Row_Cnt_valid) begin
          In_Row_Cnt_count <= MatrixRow;
        end else begin
          In_Row_Cnt_count <= (In_Row_Cnt_count - _zz_In_Row_Cnt_count_1);
        end
      end
      if(ResetCnt) begin
        In_Row_Cnt_count <= MatrixRow;
      end
      if(OutData_Cnt_En) begin
        if(Out_Col_Cnt_valid) begin
          Out_Col_Cnt_count <= 9'h0;
        end else begin
          Out_Col_Cnt_count <= (Out_Col_Cnt_count + 9'h001);
        end
      end
      if(Out_Col_Cnt_valid) begin
        if(Out_Row_Cnt_valid) begin
          Out_Row_Cnt_count <= 20'h0;
        end else begin
          Out_Row_Cnt_count <= (Out_Row_Cnt_count + 20'h00001);
        end
      end
    end
  end


endmodule

module ConvOutput_Ctrl (
  input               ResetCnt,
  input               InData_Cnt_En,
  input               OutData_Cnt_En,
  input      [9:0]    OutChannel,
  input      [15:0]   OutFeatureSize,
  output              Fsm_LayerEnd,
  output              Fsm_Data_AllOut,
  output              OutSwitch_Rotate,
  output              OutSwitch_Reset,
  input               clk,
  input               reset
);

  wire       [9:0]    _zz_InChannel_Cnt_valid;
  wire       [6:0]    _zz_InChannel_Cnt_valid_1;
  wire       [9:0]    _zz_InChannel_Cnt_valid_2;
  wire       [15:0]   _zz_In_Col_Cnt_valid;
  wire       [15:0]   _zz_In_Col_Cnt_count_1;
  wire       [19:0]   _zz_In_Row_Cnt_valid;
  wire       [15:0]   _zz_In_Row_Cnt_valid_1;
  wire       [8:0]    _zz_OutChannel_Cnt_valid;
  wire       [6:0]    _zz_OutChannel_Cnt_valid_1;
  wire       [6:0]    _zz_OutChannel_Cnt_valid_2;
  wire       [19:0]   _zz_Out_Col_Cnt_valid;
  wire       [15:0]   _zz_Out_Col_Cnt_valid_1;
  wire       [19:0]   _zz_Out_Row_Cnt_valid;
  wire       [15:0]   _zz_Out_Row_Cnt_valid_1;
  reg        [9:0]    InChannel_Cnt_count;
  wire                InChannel_Cnt_valid;
  wire       [3:0]    _zz_In_Col_Cnt_count;
  reg        [15:0]   In_Col_Cnt_count;
  reg                 In_Col_Cnt_valid;
  reg        [19:0]   In_Row_Cnt_count;
  wire                In_Row_Cnt_valid;
  reg        [8:0]    OutChannel_Cnt_count;
  wire                OutChannel_Cnt_valid;
  reg        [19:0]   Out_Col_Cnt_count;
  wire                Out_Col_Cnt_valid;
  reg        [19:0]   Out_Row_Cnt_count;
  wire                Out_Row_Cnt_valid;

  assign _zz_InChannel_Cnt_valid_1 = (_zz_InChannel_Cnt_valid_2 >>> 3);
  assign _zz_InChannel_Cnt_valid = {3'd0, _zz_InChannel_Cnt_valid_1};
  assign _zz_InChannel_Cnt_valid_2 = (OutChannel - 10'h001);
  assign _zz_In_Col_Cnt_valid = {12'd0, _zz_In_Col_Cnt_count};
  assign _zz_In_Col_Cnt_count_1 = {12'd0, _zz_In_Col_Cnt_count};
  assign _zz_In_Row_Cnt_valid_1 = (OutFeatureSize - 16'h0001);
  assign _zz_In_Row_Cnt_valid = {4'd0, _zz_In_Row_Cnt_valid_1};
  assign _zz_OutChannel_Cnt_valid_1 = (_zz_OutChannel_Cnt_valid_2 - 7'h01);
  assign _zz_OutChannel_Cnt_valid = {2'd0, _zz_OutChannel_Cnt_valid_1};
  assign _zz_OutChannel_Cnt_valid_2 = (OutChannel >>> 3);
  assign _zz_Out_Col_Cnt_valid_1 = (OutFeatureSize - 16'h0001);
  assign _zz_Out_Col_Cnt_valid = {4'd0, _zz_Out_Col_Cnt_valid_1};
  assign _zz_Out_Row_Cnt_valid_1 = (OutFeatureSize - 16'h0001);
  assign _zz_Out_Row_Cnt_valid = {4'd0, _zz_Out_Row_Cnt_valid_1};
  assign InChannel_Cnt_valid = ((InChannel_Cnt_count == _zz_InChannel_Cnt_valid) && InData_Cnt_En);
  assign _zz_In_Col_Cnt_count = 4'b1000;
  always @(*) begin
    In_Col_Cnt_valid = ((In_Col_Cnt_count <= _zz_In_Col_Cnt_valid) && InChannel_Cnt_valid);
    if(ResetCnt) begin
      In_Col_Cnt_valid = 1'b0;
    end
  end

  assign In_Row_Cnt_valid = ((In_Row_Cnt_count == _zz_In_Row_Cnt_valid) && In_Col_Cnt_valid);
  assign Fsm_LayerEnd = In_Row_Cnt_valid;
  assign OutChannel_Cnt_valid = ((OutChannel_Cnt_count == _zz_OutChannel_Cnt_valid) && OutData_Cnt_En);
  assign Out_Col_Cnt_valid = ((Out_Col_Cnt_count == _zz_Out_Col_Cnt_valid) && OutChannel_Cnt_valid);
  assign Out_Row_Cnt_valid = ((Out_Row_Cnt_count == _zz_Out_Row_Cnt_valid) && Out_Col_Cnt_valid);
  assign Fsm_Data_AllOut = Out_Row_Cnt_valid;
  assign OutSwitch_Reset = Out_Col_Cnt_valid;
  assign OutSwitch_Rotate = OutChannel_Cnt_valid;
  always @(posedge clk or posedge reset) begin
    if(reset) begin
      InChannel_Cnt_count <= 10'h0;
      In_Col_Cnt_count <= OutFeatureSize;
      In_Row_Cnt_count <= 20'h0;
      OutChannel_Cnt_count <= 9'h0;
      Out_Col_Cnt_count <= 20'h0;
      Out_Row_Cnt_count <= 20'h0;
    end else begin
      if(InData_Cnt_En) begin
        if(InChannel_Cnt_valid) begin
          InChannel_Cnt_count <= 10'h0;
        end else begin
          InChannel_Cnt_count <= (InChannel_Cnt_count + 10'h001);
        end
      end
      if(InChannel_Cnt_valid) begin
        if(In_Col_Cnt_valid) begin
          In_Col_Cnt_count <= OutFeatureSize;
        end else begin
          In_Col_Cnt_count <= (In_Col_Cnt_count - _zz_In_Col_Cnt_count_1);
        end
      end
      if(ResetCnt) begin
        In_Col_Cnt_count <= OutFeatureSize;
      end
      if(In_Col_Cnt_valid) begin
        if(In_Row_Cnt_valid) begin
          In_Row_Cnt_count <= 20'h0;
        end else begin
          In_Row_Cnt_count <= (In_Row_Cnt_count + 20'h00001);
        end
      end
      if(OutData_Cnt_En) begin
        if(OutChannel_Cnt_valid) begin
          OutChannel_Cnt_count <= 9'h0;
        end else begin
          OutChannel_Cnt_count <= (OutChannel_Cnt_count + 9'h001);
        end
      end
      if(OutChannel_Cnt_valid) begin
        if(Out_Col_Cnt_valid) begin
          Out_Col_Cnt_count <= 20'h0;
        end else begin
          Out_Col_Cnt_count <= (Out_Col_Cnt_count + 20'h00001);
        end
      end
      if(Out_Col_Cnt_valid) begin
        if(Out_Row_Cnt_valid) begin
          Out_Row_Cnt_count <= 20'h0;
        end else begin
          Out_Row_Cnt_count <= (Out_Row_Cnt_count + 20'h00001);
        end
      end
    end
  end


endmodule